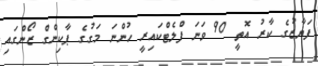
ފަޔާޒުގެ ކާރު އޮތީ 90 ވަނަ ފްލެޓްކައިރީ ހުންނަ މަގުގެ ޕާކިންގް ޒޯންގައި